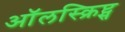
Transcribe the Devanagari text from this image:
ऑलस्क्रिप्ट्स